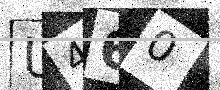
Text: U460